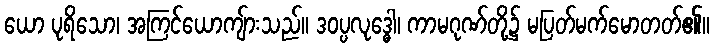
ယော ပုရိသော၊ အကြင်ယောကျ်ားသည်။ ဒဝပ္ပလုဒ္ဓေါ၊ ကာမဂုဏ်တို့၌ မပြတ်မက်မောတတ်၏။